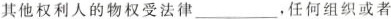
其他权利人的物权受法律___，任何组织或者